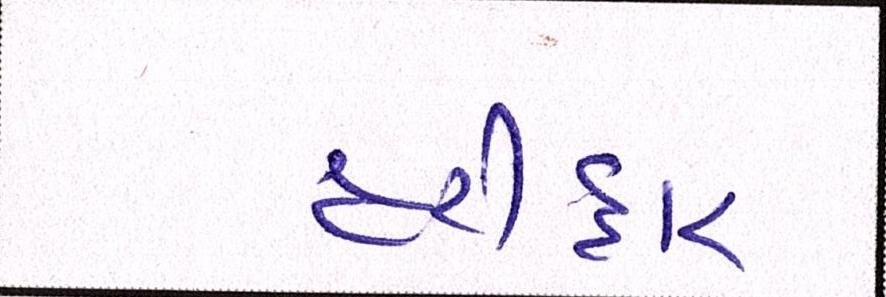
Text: હરીદ્વાર